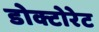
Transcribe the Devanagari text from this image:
डोक्टोरेट